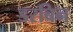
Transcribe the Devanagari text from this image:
डरबिन